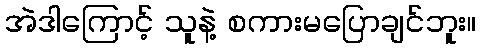
အဲဒါကြောင့် သူနဲ့ စကားမပြောချင်ဘူး။